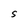
Character: S